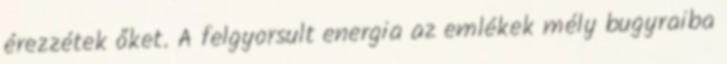
érezzétek őket. A felgyorsult energia az emlékek mély bugyraiba